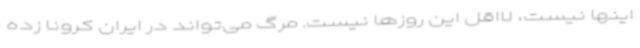
اینها نیست، لااقل این روزها نیست. مرگ می‌تواند در ایران کرونا زده